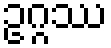
ဥဂ္ဂဿ